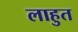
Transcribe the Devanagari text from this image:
लाहुत